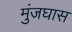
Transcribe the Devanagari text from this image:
मुंजघास